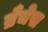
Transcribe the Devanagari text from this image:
ब्रँचेस